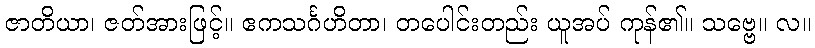
ဇာတိယာ၊ ဇတ်အားဖြင့်။ ဧကသင်္ဂဟိတာ၊ တပေါင်းတည်း ယူအပ် ကုန်၏။ သဗ္ဗေ။ လ။